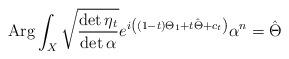
LaTeX: \begin{align*}{\rm Arg}\int_{X} \sqrt{\frac{\det \eta_t}{\det \alpha}} e^{i\left((1-t)\Theta_1 + t\hat{\Theta} +c_t\right)} \alpha^{n} = \hat{\Theta}\end{align*}